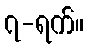
၇-ရက်။